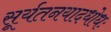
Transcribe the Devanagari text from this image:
सूर्यतनयादधोधः